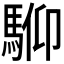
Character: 𩣍